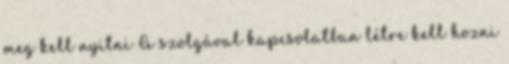
meg kell nyitni A szolgával kapcsolatban létre kell hozni